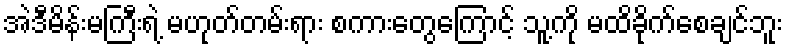
အဲဒီမိန်းမကြီးရဲ့ မဟုတ်တမ်းရား စကားတွေကြောင့် သူ့ကို မထိခိုက်စေချင်ဘူး